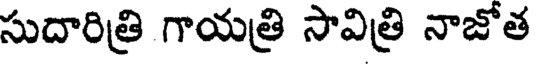
సుదారిత్రి గాయత్రి సావిత్రి నాజోత